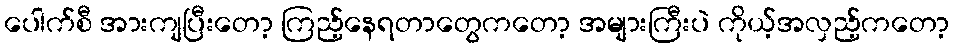
ပေါက်စီ အားကျပြီးတော့ ကြည့်နေရတာတွေကတော့ အများကြီးပဲ ကိုယ့်အလှည့်ကတော့